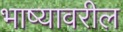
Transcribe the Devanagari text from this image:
भाष्यावरील